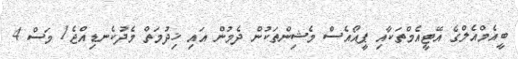
ބީއެމްއެލްގެ އޭޓީއެމްތަކާއި ޕީއޯއެސް މެޝިންތަކުން ދެމުން އައި ޚިދުމަތް މެދުކެނޑިއްޖެ1 މަސް 4